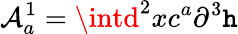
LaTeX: {\cal{A}}_{a}^{1}=\intd^{2}xc^{a}\partial^{3}\mathtt{h}